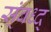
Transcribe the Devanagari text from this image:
स्ंबध्द्